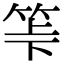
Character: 𥬷